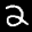
Label: 2